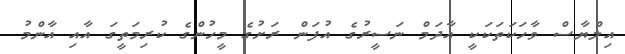
އިލްޔާސް ވާހަކަތަކަކީ އާދަމް ނަސީރުގެ އުފަން ރަށުގެ މީހުންގެ ކުރިމަތީގަ އާއި އާންމު